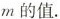
m的值。